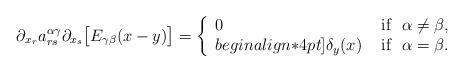
LaTeX: \begin{align*}\partial_{x_r}a^{\alpha\gamma}_{rs}\partial_{x_s}\bigl[E_{\gamma\beta}(x-y)\bigr]=\left\{\begin{array}{ll}0 & \mbox{ if }\,\,\alpha\neq\beta,\\begin{align*}4pt]\delta_y(x) & \mbox{ if }\,\,\alpha=\beta.\end{array}\right.\end{align*}